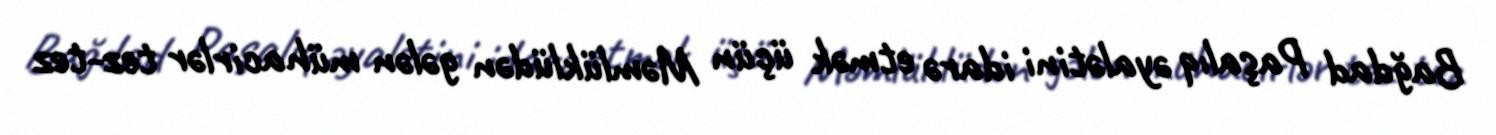
Bağdad Paşalıq əyalətini idarə etmək üçün Məmlüklüdən gələn mühacirlər tez-tez